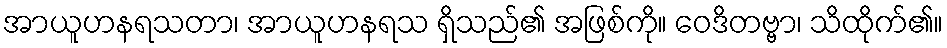
အာယူဟနရသတာ၊ အာယူဟနရသ ရှိသည်၏ အဖြစ်ကို။ ဝေဒိတဗ္ဗာ၊ သိထိုက်၏။